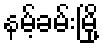
နမ့်ခမ်းမြို့